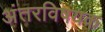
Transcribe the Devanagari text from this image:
अंतरविषयक